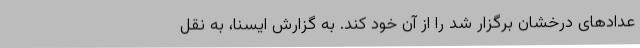
عدادهای درخشان برگزار شد را از آن خود کند. به گزارش ایسنا، به نقل